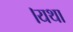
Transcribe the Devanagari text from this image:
।यथा